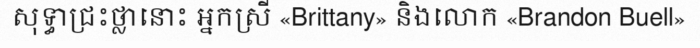
សុទ្ធាជ្រះថ្លានោះ អ្នកស្រី «Brittany» និងលោក «Brandon Buell»